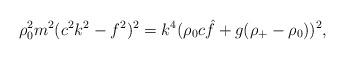
LaTeX: \begin{align*} \rho_0^2m^2(c^2k^2-f^2)^2=k^4(\rho_0c\hat{f}+g(\rho_+-\rho_0))^2, \end{align*}